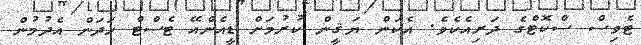
ޓެވިސް ސްކޮޓްގެ ދަރިއެކެވެ. އެކަން ޔަޤީން ކުރުމަށް ޑީއެންއޭ ޓެސްޓް ހަދަން އެދުމުން